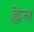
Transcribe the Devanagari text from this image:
ह्नेन